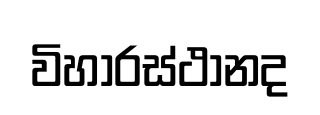
විහාරස්ථානද